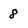
Character: 8